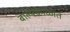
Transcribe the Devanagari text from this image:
बाल्यकाळात